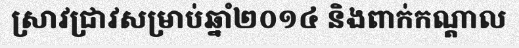
ស្រាវជ្រាវសម្រាប់ឆ្នាំ២០១៤ និងពាក់កណ្តាល